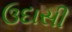
ઉદાસી